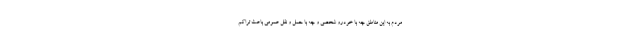
مردم به این مناطق چه با خودرو شخصی و چه با حمل و نقل عمومی باعث تراکم